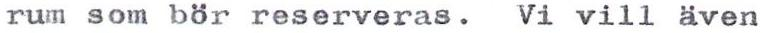
rum som bör reserveras. Vi vill även